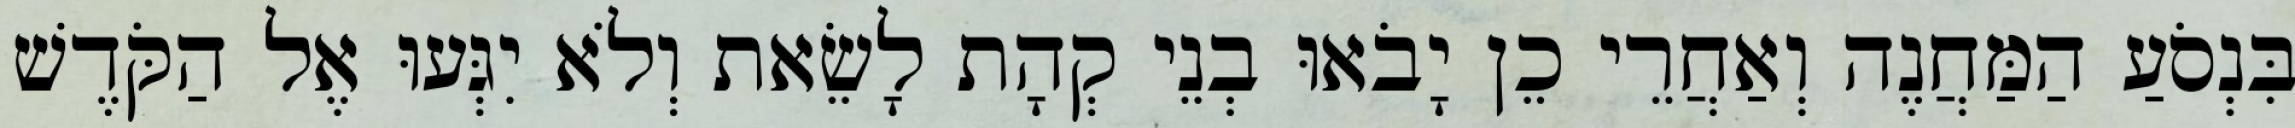
בִּנְסֹעַ הַמַּחֲנֶה וְאַחֲרֵי כֵן יָבֹאוּ בְנֵי קְהָת לָשֵׂאת וְלֹא יִגְּעוּ אֶל הַקֹּדֶשׁ